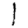
Digit: 1